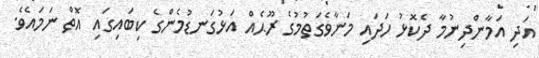
އަދި އަމާންދިނުމާ ދެކޮޅު ހަދައި މަނާވެގަތުމުގެ ރޫޙެއް އަޅުގަނޑުމެންގެ ކިބައިގައި އޮތް ނަމައެވެ.